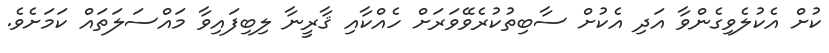
ކުށް އެކުލެވިގެންވާ އަދި އެކުށް ސާބިތުކުރެވޭވަރަށް ހެއްކާއި ޤާރީނާ ލިބިފައިވާ މައްސަލަތައް ކަމަށެވެ.